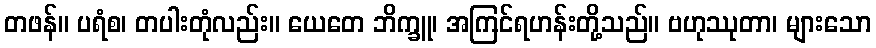
တဖန်။ ပရံစ၊ တပါးတုံလည်း။ ယေတေ ဘိက္ခူ၊ အကြင်ရဟန်းတို့သည်။ ဗဟုဿုတာ၊ များသော